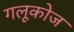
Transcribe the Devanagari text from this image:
गलूकोज